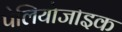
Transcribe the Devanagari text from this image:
पेलियोजोइक